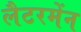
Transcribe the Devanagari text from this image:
लैटरमेंन